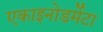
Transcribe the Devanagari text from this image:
एकाइनोडर्मेटा